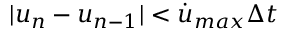
| { u } _ { n } - { u } _ { n - 1 } | < \dot { u } _ { m a x } \Delta t